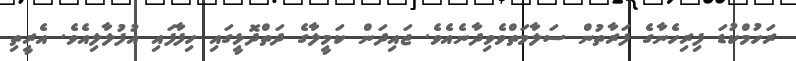
ރަހުމްކުޑަ ފިރިހެނާގެ ފަރާތުން ސަލާމަތްވެވިދާނެއެވެ. ޖައިދަން ކަމީލާގެ ދަތްދޮޅީގައި ހިފާފައި އުފުލާލިއެވެ. އެރީތި